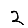
Digit: 2